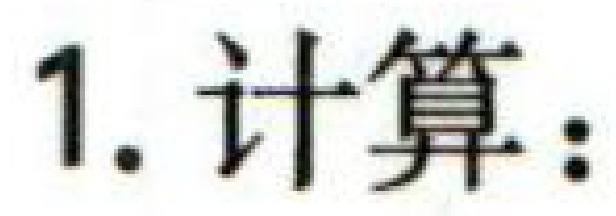
1. 计算：